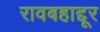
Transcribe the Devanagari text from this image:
रावबहाद्दूर